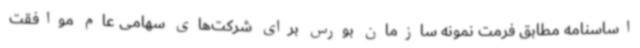
اساسنامه مطابق فرمت نمونه سازمان بورس برای شرکت‌های سهامی عام موافقت